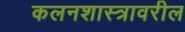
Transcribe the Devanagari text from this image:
कलनशास्त्रावरील